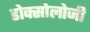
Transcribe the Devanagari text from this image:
डोक्सोलोजी